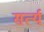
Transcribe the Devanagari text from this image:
सर्त्य